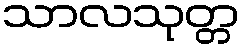
သာလသုတ္တ